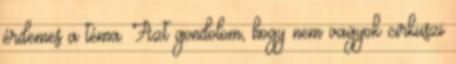
érdemes a téma. Azt gondolom, hogy nem vagyok cirkuszi